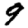
Digit: 9